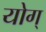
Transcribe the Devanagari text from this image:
योग्‌